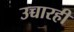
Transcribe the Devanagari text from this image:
उच्चारही